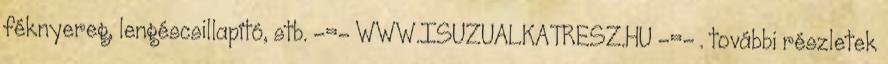
féknyereg, lengéscsillapító, stb. -=- WWW.ISUZUALKATRESZ.HU -=- . további részletek